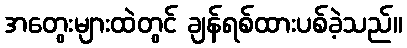
အတွေးများထဲတွင် ချန်ရစ်ထားပစ်ခဲ့သည်။